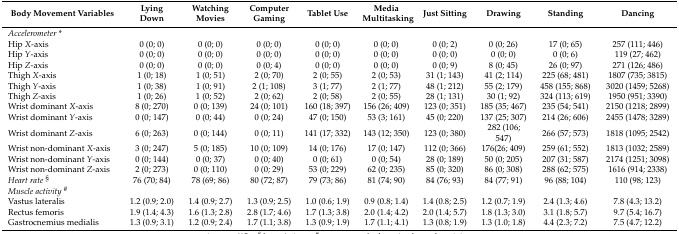
<table><thead><tr><td><b>Body Movement Variables</b></td><td><b>Lying Down</b></td><td><b>Watching Movies</b></td><td><b>Computer Gaming</b></td><td><b>Tablet Use </b></td><td><b>Media Multitasking</b></td><td><b>Just Sitting</b></td><td><b>Drawing</b></td><td><b>Standing</b></td><td><b>Dancing</b></td></tr></thead><tbody><tr><td><i>Accelerometer</i> *</td><td></td><td></td><td></td><td></td><td></td><td></td><td></td><td></td><td></td></tr><tr><td>Hip <i>X</i>-axis</td><td>0 (0; 0)</td><td>0 (0; 0)</td><td>0 (0; 0)</td><td>0 (0; 0)</td><td>0 (0; 0)</td><td>0 (0; 2)</td><td>0 (0; 26)</td><td>17 (0; 65)</td><td>257 (111; 446)</td></tr><tr><td>Hip <i>Y</i>-axis</td><td>0 (0; 0)</td><td>0 (0; 0)</td><td>0 (0; 0)</td><td>0 (0; 0)</td><td>0 (0; 0)</td><td>0 (0; 0)</td><td>0 (0; 0)</td><td>0 (0; 6)</td><td>119 (27; 462)</td></tr><tr><td>Hip <i>Z</i>-axis</td><td>0 (0; 0)</td><td>0 (0; 0)</td><td>0 (0; 4)</td><td>0 (0; 0)</td><td>0 (0; 0)</td><td>0 (0; 9)</td><td>8 (0; 45)</td><td>26 (0; 97)</td><td>271 (126; 486)</td></tr><tr><td>Thigh <i>X</i>-axis</td><td>1 (0; 18)</td><td>1 (0; 51)</td><td>2 (0; 70)</td><td>2 (0; 55)</td><td>2 (0; 53)</td><td>31 (1; 143)</td><td>41 (2; 114)</td><td>225 (68; 481)</td><td>1807 (735; 3815)</td></tr><tr><td>Thigh <i>Y</i>-axis</td><td>1 (0; 38)</td><td>1 (0; 91)</td><td>2 (1; 108)</td><td>3 (1; 77)</td><td>2 (1; 77)</td><td>48 (1; 212)</td><td>55 (2; 179)</td><td>458 (155; 868)</td><td>3020 (1459; 5268)</td></tr><tr><td>Thigh <i>Z</i>-axis</td><td>1 (0; 26)</td><td>1 (0; 52)</td><td>2 (0; 62)</td><td>2 (0; 58)</td><td>2 (0; 55)</td><td>28 (1; 131)</td><td>30 (1; 92)</td><td>324 (113; 619)</td><td>1950 (951; 3390)</td></tr><tr><td>Wrist dominant <i>X</i>-axis</td><td>8 (0; 270)</td><td>0 (0; 139)</td><td>24 (0; 101)</td><td>160 (18; 397)</td><td>156 (26; 409)</td><td>123 (0; 351)</td><td>185 (35; 467)</td><td>235 (54; 541)</td><td>2150 (1218; 2899)</td></tr><tr><td>Wrist dominant <i>Y</i>-axis</td><td>0 (0; 147)</td><td>0 (0; 44)</td><td>0 (0; 24)</td><td>47 (0; 150)</td><td>53 (3; 161)</td><td>45 (0; 220)</td><td>137 (25; 307)</td><td>214 (26; 606)</td><td>2455 (1478; 3289)</td></tr><tr><td>Wrist dominant <i>Z</i>-axis</td><td>6 (0; 263)</td><td>0 (0; 144)</td><td>0 (0; 11)</td><td>141 (17; 332)</td><td>143 (12; 350)</td><td>123 (0; 380)</td><td>282 (106; 547)</td><td>266 (57; 573)</td><td>1818 (1095; 2542)</td></tr><tr><td>Wrist non-dominant <i>X</i>-axis</td><td>3 (0; 247)</td><td>5 (0; 185)</td><td>10 (0; 109)</td><td>14 (0; 176)</td><td>17 (0; 147)</td><td>112 (0; 366)</td><td>176(26; 409)</td><td>259 (61; 552)</td><td>1813 (1032; 2589)</td></tr><tr><td>Wrist non-dominant <i>Y</i>-axis</td><td>0 (0; 144)</td><td>0 (0; 37)</td><td>0 (0; 40)</td><td>0 (0; 61)</td><td>0 (0; 54)</td><td>28 (0; 189)</td><td>50 (0; 205)</td><td>207 (31; 587)</td><td>2174 (1251; 3098)</td></tr><tr><td>Wrist non-dominant <i>Z</i>-axis</td><td>2 (0; 273)</td><td>0 (0; 110)</td><td>0 (0; 29)</td><td>53 (0; 229)</td><td>62 (0; 235)</td><td>85 (0; 320)</td><td>86 (0; 308)</td><td>288 (62; 575)</td><td>1616 (914; 2338)</td></tr><tr><td><i>Heart rate</i><sup>§</sup></td><td>76 (70; 84)</td><td>78 (69; 86)</td><td>80 (72; 87)</td><td>79 (73; 86)</td><td>81 (74; 90)</td><td>84 (76; 93)</td><td>84 (77; 91)</td><td>96 (88; 104)</td><td>110 (98; 123)</td></tr><tr><td><i>Muscle activity</i><sup>#</sup></td><td></td><td></td><td></td><td></td><td></td><td></td><td></td><td></td><td></td></tr><tr><td>Vastus lateralis</td><td>1.2 (0.9; 2.0)</td><td>1.4 (0.9; 2.7)</td><td>1.3 (0.9; 2.5)</td><td>1.0 (0.6; 1.9)</td><td>0.9 (0.8; 1.4)</td><td>1.4 (0.8; 2.5)</td><td>1.2 (0.7; 1.9)</td><td>2.4 (1.3; 4.6)</td><td>7.8 (4.3; 13.2)</td></tr><tr><td>Rectus femoris</td><td>1.9 (1.4; 4.3)</td><td>1.6 (1.3; 2.8)</td><td>2.8 (1.7; 4.6)</td><td>1.7 (1.3; 3.8)</td><td>2.0 (1.4; 4.2)</td><td>2.0 (1.4; 5.7)</td><td>1.8 (1.3; 3.0)</td><td>3.1 (1.8; 5.7)</td><td>9.7 (5.4; 16.7)</td></tr><tr><td>Gastrocnemius medialis</td><td>1.3 (0.9; 3.1)</td><td>1.2 (0.9; 2.4)</td><td>1.7 (1.1; 3.8)</td><td>1.3 (0.9; 1.9)</td><td>1.7 (1.1; 4.1)</td><td>1.3 (0.8; 1.9)</td><td>1.3 (1.0; 1.8)</td><td>4.4 (2.3; 7.2)</td><td>7.5 (4.7; 12.2)</td></tr></tbody></table>